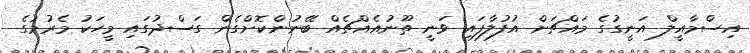
އިސްމާއީލް އަނީގުގެ މައްޗަށް އުފުލާފައި ވަނީ ތޫނުއެއްޗެއް ބޭނުންކޮށްގެން ގަސްދުގައި މީހަކު މެރުމުގެ